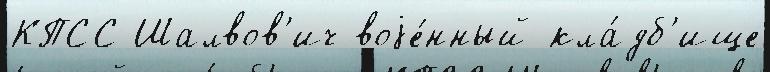
КПСС Шалвов'ич воjе́нный кла́дб'ище